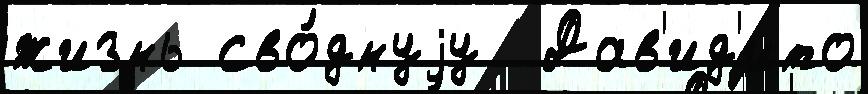
жизнь сво́днуjу  Дав'ид'ито